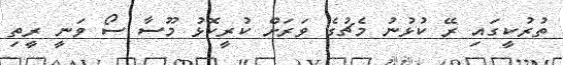
ތުރުކީގައި ރޭ ކުޅުނު މެޗުގެ ވަރަށް ކުރީކޮޅު މޫސާ ސޯ ވަނީ ރީތި